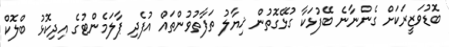
ބޮޑުވަޒީރަކަށް ގެންނާނެ ބޭފުޅަކާ ގުޅޭގޮތުން ޚިޔާލު ތަފާތުވުންތައް އުފެދި ޕާލަމެންޓުގެ އިދިކޮޅު ބްލޮކް